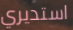
استديري